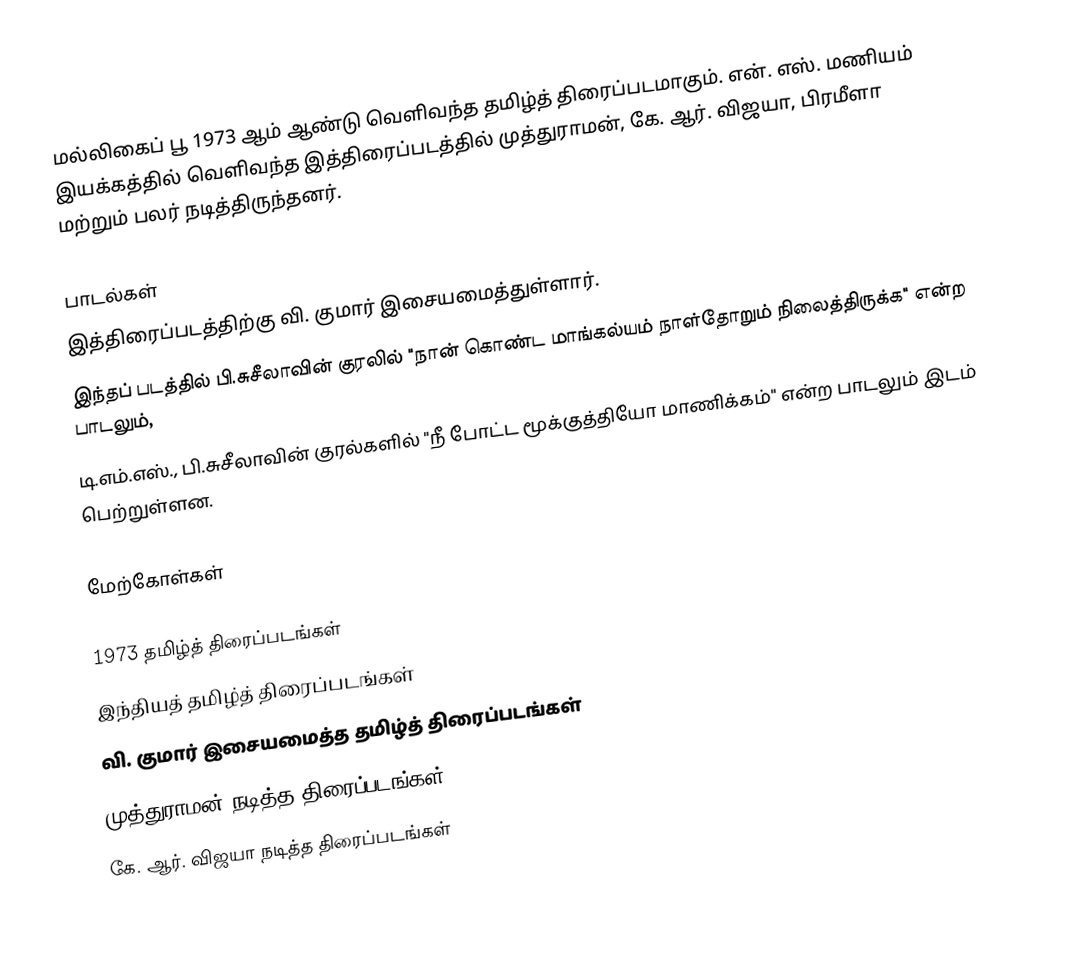
மல்லிகைப் பூ 1973 ஆம் ஆண்டு வெளிவந்த தமிழ்த் திரைப்படமாகும். என். எஸ். மணியம் இயக்கத்தில் வெளிவந்த இத்திரைப்படத்தில் முத்துராமன், கே. ஆர். விஜயா, பிரமீளா மற்றும் பலர் நடித்திருந்தனர்.

பாடல்கள்
இத்திரைப்படத்திற்கு வி. குமார் இசையமைத்துள்ளார்.
 இந்தப் படத்தில் பி.சுசீலாவின் குரலில் "நான் கொண்ட மாங்கல்யம் நாள்தோறும் நிலைத்திருக்க" என்ற பாடலும்,
 டி.எம்.எஸ்., பி.சுசீலாவின் குரல்களில் "நீ போட்ட மூக்குத்தியோ மாணிக்கம்" என்ற பாடலும் இடம் பெற்றுள்ளன.

மேற்கோள்கள்

1973 தமிழ்த் திரைப்படங்கள்
இந்தியத் தமிழ்த் திரைப்படங்கள்
வி. குமார் இசையமைத்த தமிழ்த் திரைப்படங்கள்
முத்துராமன் நடித்த திரைப்படங்கள்
கே. ஆர். விஜயா நடித்த திரைப்படங்கள்